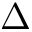
\Delta